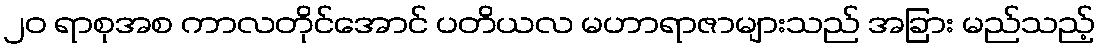
၂၀ ရာစုအစ ကာလတိုင်အောင် ပတိယလ မဟာရာဇာများသည် အခြား မည်သည့်